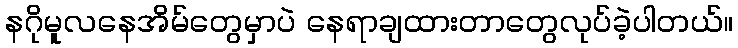
နဂိုမူလနေအိမ်တွေမှာပဲ နေရာချထားတာတွေလုပ်ခဲ့ပါတယ်။